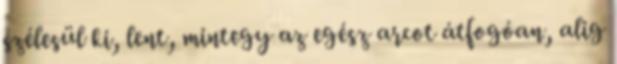
szélesül ki, lent, mintegy az egész arcot átfogóan, alig